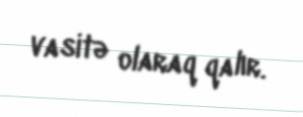
vasitə olaraq qalır.